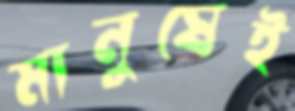
মানুষেই